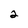
Character: 2